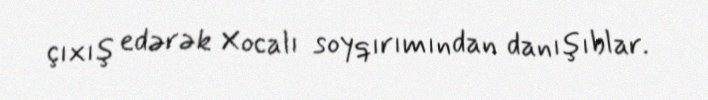
çıxış edərək Xocalı soyqırımından danışıblar.